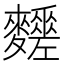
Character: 𪎀